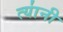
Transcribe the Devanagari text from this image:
त्या॑नी